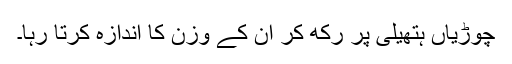
چوڑیاں ہتھیلی پر رکھ کر ان کے وزن کا اندازہ کرتا رہا۔